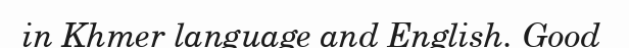
in Khmer language and English. Good